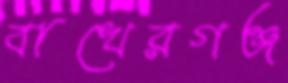
বাখেরগঞ্জ